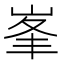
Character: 峯